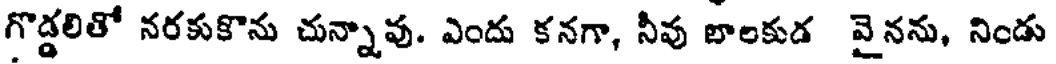
గొడ్డలితో నరకుకొను చున్నావు. ఎందు కనగా, నీవు బాలకుడ వైనను, నిండు